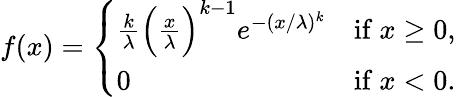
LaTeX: f(x)={\left\{ \begin{array}{ll}{{\frac{k}{\lambda}}{\Big(}{\frac{x}{\lambda}}{\Big)}^{k-1}e^{-(x/\lambda)^{k}}}&{{\mathrm{if~}}x\geq 0,}\\ {0}&{{\mathrm{if~}}x<0.}\end{array}\right.}